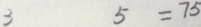
3 5 = 7 5